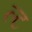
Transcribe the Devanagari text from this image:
ल्ट